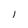
Character: l